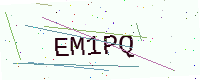
Text: EM1PQ